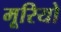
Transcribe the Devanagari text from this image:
मूरियो